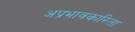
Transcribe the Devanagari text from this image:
अप्रभावकारिता